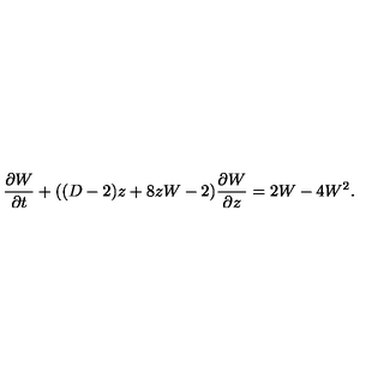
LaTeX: \frac { \partial W } { \partial t } + ( ( D - 2 ) z + 8 z W - 2 ) \frac { \partial W } { \partial z } = 2 W - 4 W ^ { 2 } .